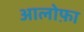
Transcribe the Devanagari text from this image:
आलोफ़ा